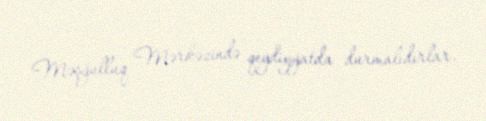
Məşğulluq Mərkəzində qeydiyyatda durmalıdırlar.